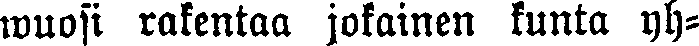
wuosi rakentaa jokainen kunta yh-